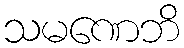
သမဏေဘိ